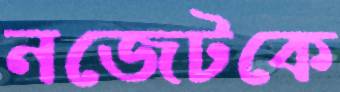
নজেটকে